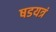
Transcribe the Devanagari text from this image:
षडयत्रं